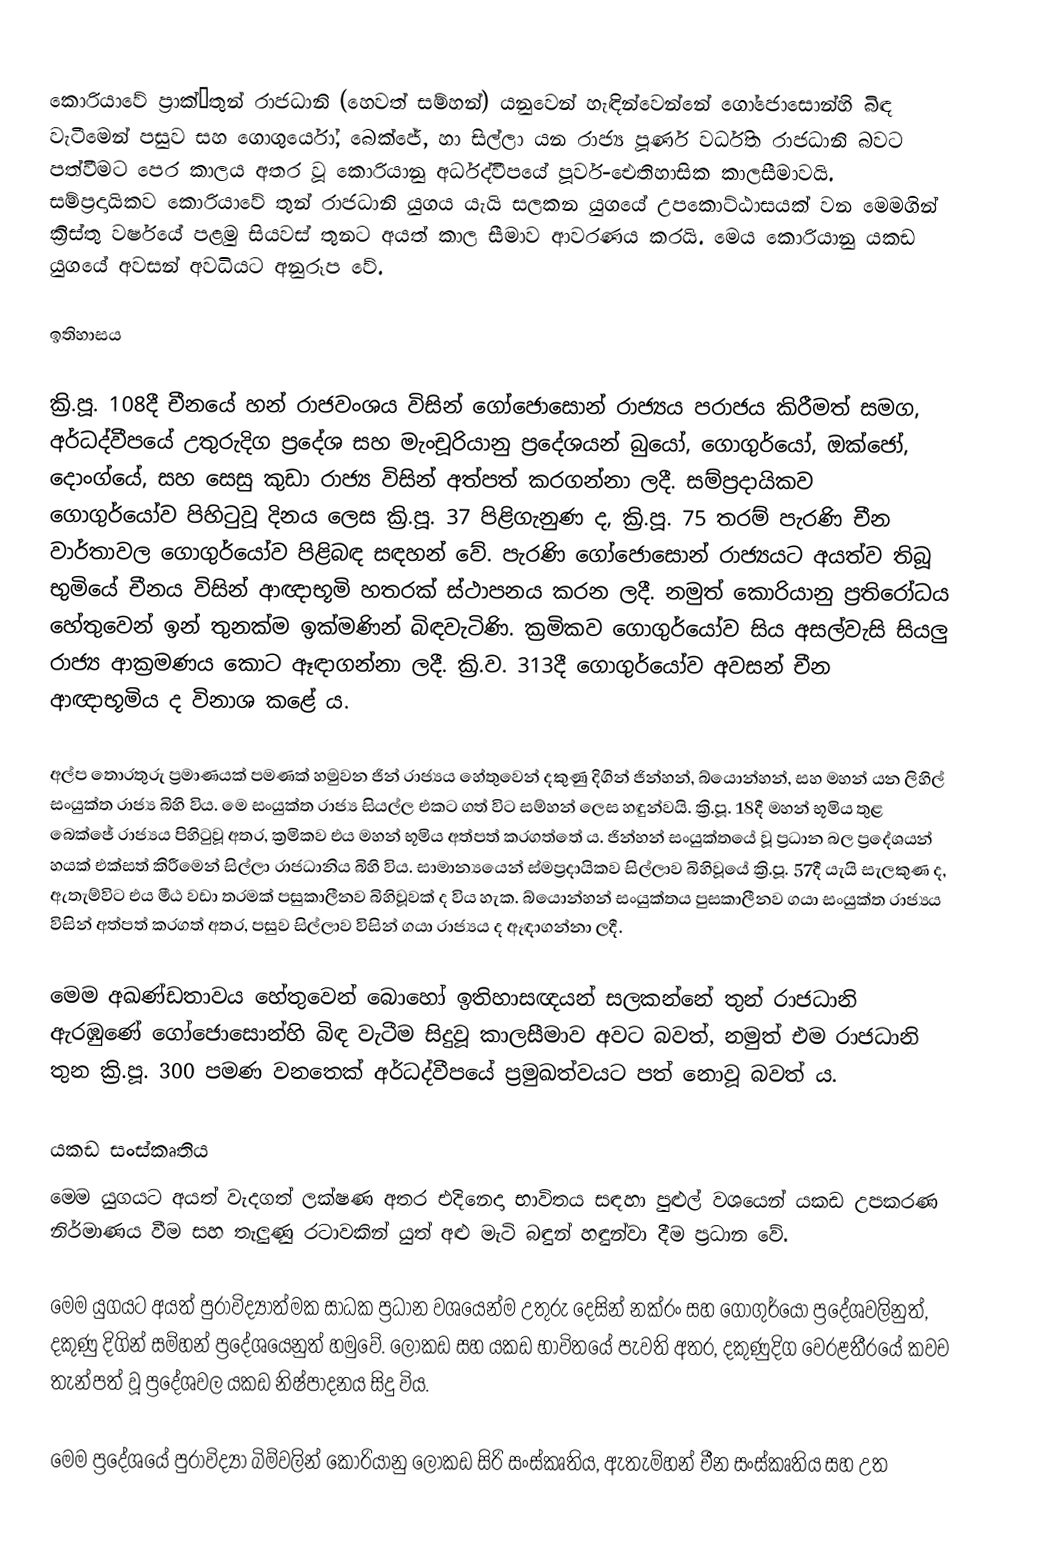
කොරියාවේ ප්‍රාක්–තුන් රාජධානි (හෙවත් සම්හන්) යනුවෙන් හැඳින්වෙන්නේ ගෝජොසොන්හි බිඳ වැටීමෙන් පසුව සහ ගොගුර්යෝ, බෙක්ජේ, හා සිල්ලා යන රාජ්‍ය පූර්ණ වර්ධිත රාජධානි බවට පත්වීමට පෙර කාලය අතර වූ කොරියානු අර්ධද්වීපයේ පූර්ව-ඓතිහාසික කාලසීමාවයි. සම්ප්‍රදායිකව කොරියාවේ තුන් රාජධානි යුගය යැයි සලකන යුගයේ උපකොට්ඨාසයක් වන මෙමගින් ක්‍රිස්තු වර්ෂයේ පළමු සියවස් තුනට අයත් කාල සීමාව ආවරණය කරයි. මෙය කොරියානු යකඩ යුගයේ අවසන් අවධියට අනුරූප වේ.

ඉතිහාසය

ක්‍රි.පූ. 108දී චීනයේ හන් රාජවංශය විසින් ගෝජොසොන් රාජ්‍යය පරාජය කිරීමත් සමග, අර්ධද්වීපයේ උතුරුදිග ප්‍රදේශ සහ මැංචූරියානු ප්‍රදේශයන් බුයෝ, ගොගුර්යෝ, ඔක්ජෝ, දොංග්යේ, සහ සෙසු කුඩා රාජ්‍ය විසින් අත්පත් කරගන්නා ලදී. සම්ප්‍රදායිකව ගොගුර්යෝව පිහිටුවූ දිනය ලෙස ක්‍රි.පූ. 37 පිළිගැනුණ ද, ක්‍රි.පූ. 75 තරම් පැරණි චීන වාර්තාවල ගොගුර්යෝව පිළිබඳ සඳහන් වේ. පැරණි ගෝජොසොන් රාජ්‍යයට අයත්ව තිබූ භුමියේ චීනය විසින් ආඥාභූමි හතරක් ස්ථාපනය කරන ලදී. නමුත් කොරියානු ප්‍රතිරෝධය හේතුවෙන් ඉන් තුනක්ම ඉක්මණින් බිඳවැටිණි‍. ක්‍රමිකව ගොගුර්යෝව සිය අසල්වැසි සියලු රාජ්‍ය ආක්‍රමණය කොට ඈඳාගන්නා ලදී. ක්‍රි.ව. 313දී ගොගුර්යෝව අවසන් චීන ආඥාභූමිය ද විනාශ කළේ ය.

අල්ප තොරතුරු ප්‍රමාණයක් පමණක් හමුවන ජින් රාජ්‍යය හේතුවෙන් දකුණු දිගින් ජින්හන්, බ්යොන්හන්, සහ මහන් යන ලිහිල් සංයුක්ත රාජ්‍ය බිහි විය. මෙ සංයුක්ත රාජ්‍ය සියල්ල එකට ගත් විට සම්හන් ලෙස හඳුන්වයි. ක්‍රි.පූ. 18දී මහන් භූමිය තුළ බෙක්ජේ රාජ්‍යය පිහිටුවූ අතර, ක්‍රමිකව එය මහන් භූමිය අත්පත් කරගත්තේ ය. ජින්හන් සංයුක්තයේ වූ ප්‍රධාන බල ප්‍රදේශයන් හයක් එක්සත් කිරීමෙන් සිල්ලා රාජධානිය බිහි විය. සාමාන්‍යයෙන් ස්මප්‍රදායිකව සිල්ලාව බිහිවූයේ ක්‍රි.පූ. 57දී යැයි සැලකුණ ද, ඇතැම්විට එය මීඨ වඩා තරමක් පසුකාලීනව බිහිවූවක් ද විය හැක. බ්යොන්හන් සංයුක්තය පුසකාලීනව ගයා සංයුක්ත රාජ්‍යය විසින් අත්පත් කරගත් අතර, පසුව සිල්ලාව විසින් ගයා රාජ්‍යය ද ඈඳාගන්නා ලදී.

මෙම අඛණ්ඩතාවය හේතුවෙන් බොහෝ ඉතිහාසඥයන් සලකන්නේ තුන් රාජධානි ඇරඹුණේ ගෝජොසොන්හි බිඳ වැටීම සිදුවූ කාලසීමාව අවට බවත්, නමුත් එම රාජධානි තුන ක්‍රි.පූ. 300 පමණ වනතෙක් අර්ධද්වීපයේ ප්‍රමුඛත්වයට පත් නොවූ බවත් ය.

යකඩ සංස්කෘතිය
මෙම යුගයට අයත් වැදගත් ලක්ෂණ අතර එදිනෙදා භාවිතය සඳහා පුළුල් වශයෙන් යකඩ උපකරණ නිර්මාණය වීම සහ තැලුණු රටාවකින් යුත් අළු මැටි බඳුන් හඳුන්වා දීම ප්‍රධාන වේ.

මෙම යුගයට අයත් පුරාවිද්‍යාත්මක සාධක ප්‍රධාන වශයෙන්ම උතුරු දෙසින් නක්රං සහ ‍ගොගුර්යෝ ප්‍රදේශවලිනුත්, දකුණු දිගින් සම්හන් ප්‍රදේශයෙනුත් හමුවේ. ලෝකඩ සහ යකඩ භාවිතයේ පැවති අතර, දකුණුදිග වෙරළතීරයේ කවච තැන්පත් වූ ප්‍රදේශවල යකඩ නිෂ්පාදනය සිදු විය.

මෙම ප්‍රදේශයේ පුරාවිද්‍යා බිම්වලින් කොරියානු ලෝකඩ සිරි සංස්කෘතිය, ඇතැම්හන් චීන සංස්කෘතිය සහ උත